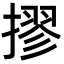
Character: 摎